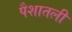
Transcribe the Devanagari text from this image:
पैशातली